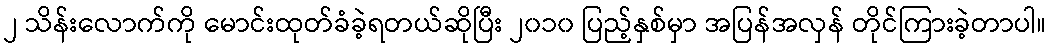
၂ သိန်းလောက်ကို မောင်းထုတ်ခံခဲ့ရတယ်ဆိုပြီး ၂၀၁၀ ပြည့်နှစ်မှာ အပြန်အလှန် တိုင်ကြားခဲ့တာပါ။